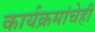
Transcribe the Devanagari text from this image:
कार्यक्रमांचेही